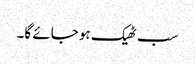
سب ٹھیک ہو جائے گا۔